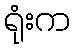
ရုံးက